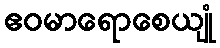
ဧဝမာရောစေယျုံ